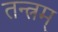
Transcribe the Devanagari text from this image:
तन्त्रम्